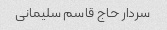
سردار حاج قاسم سلیمانی